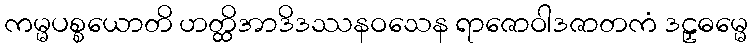
ကမ္မပစ္စယောတိ ဟတ္ထိအာဒိဒဿနဝသေန ရာဇောဝါဒဇာတကံ ဒဠှဓမ္မေ